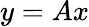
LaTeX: y=Ax